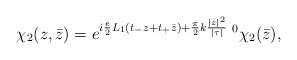
\begin{align*}\chi_2(z,\bar{z})=e^{i\frac{e}{2}L_1(t_{-}z+t_{+}\bar{z})+\frac{\pi}{2}k\frac{|z|^2}{|\tau|}}\;^0\chi_2(\bar{z}),\end{align*}